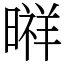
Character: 㬕